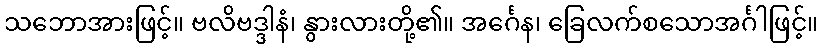
သဘောအားဖြင့်။ ဗလိဗဒ္ဒါနံ၊ နွားလားတို့၏။ အင်္ဂေန၊ ခြေလက်စသောအင်္ဂါဖြင့်။